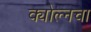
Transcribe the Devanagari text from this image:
क्योल्नचा